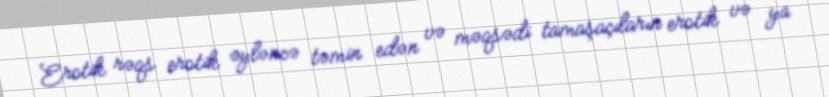
Erotik rəqs erotik əyləncə təmin edən və məqsədi tamaşaçıların erotik və ya